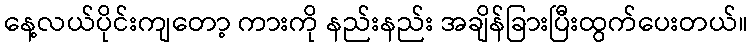
နေ့လယ်ပိုင်းကျတော့ ကားကို နည်းနည်း အချိန်ခြားပြီးထွက်ပေးတယ်။